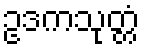
ဥဒကသုတ္တံ